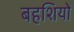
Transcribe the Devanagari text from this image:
बहशियों